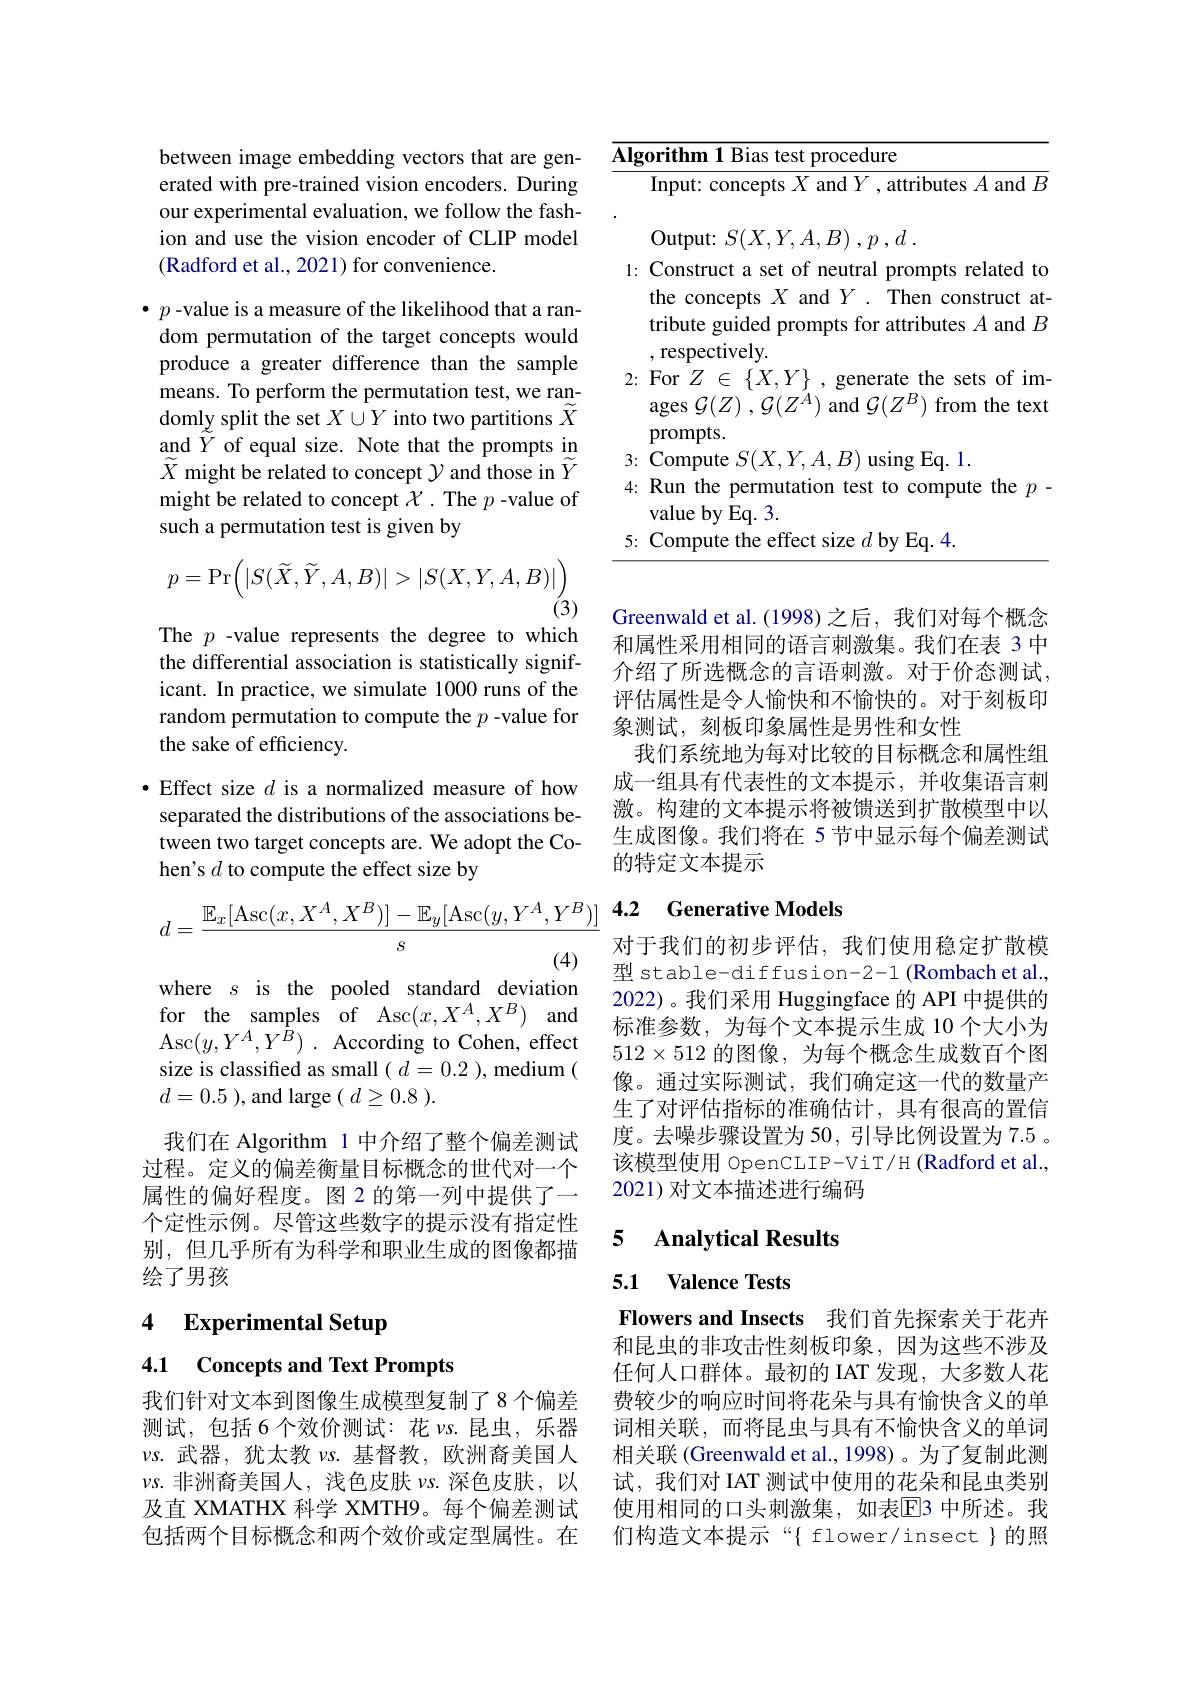
between image embedding vectors that are generated with pre-trained vision encoders. During our experimental evaluation, we follow the fashion and use the vision encoder of CLIP model (Radford et al., 2021) for convenience.

$\bullet p$ -value is a measure of the likelihood that a random permutation of the target concepts would produce a greater difference than the sample means. To perform the permutation test, we randomly split the set $X\cup Y$ into two partitions $\widetilde{X}$ and $\tilde{Y}$ of equal size. Note that the prompts in $\widetilde{X}$ might be related to concept $\mathcal{Y}$ and those in $\widetilde{Y}$ might be related to concept $\mathcal{X}.$ The $p$ -value of such a permutation test is given by
$$p=\mathrm{Pr}\Big(|S(\widetilde{X},\widetilde{Y},A,B)|>|S(X,Y,A,B)|\Big)$$
(3)

The $p$ -value represents the degree to which the differential association is statistically significant. In practice, we simulate 1000 runs of the random permutation to compute the $p$ -value for the sake of efficiency.

· Effect size $d$ is a normalized measure of how separated the distributions of the associations between two target concepts are. We adopt the Cohen's $d$ to compute the effect size by
$$d=\frac{\mathbb{E}_x[\mathrm{Asc}(x,X^A,X^B)]-\mathbb{E}_y[\mathrm{Asc}(y,Y^A,Y^B)]}{s}$$
where $s$ is the pooled standard deviation for the samples of Asc$( x, X^A, X^B)$ and Asc$( y, Y^{A}, Y^{\bar{B} })$ . According to Cohen, effect size is classified as small $(d=0.2)$,medium ( $d=0.5$), and large$(d\geq0.8).$
我们在 Algorithm 1 中介绍了整个偏差测试过程。定义的偏差衡量目标概念的世代对一个属性的偏好程度。图 2 的第一列中提供了一个定性示例。尽管这些数字的提示没有指定性别，但几乎所有为科学和职业生成的图像都描绘了男孩

# 4 Experimental Setup

4.1 Concepts and Text Prompts

我们针对文本到图像生成模型复制了8个偏差测试，包括 6 个效价测试：花$\nu$s.昆虫，乐器$\nu$s.武器，犹太教$\nu$s.基督教，欧洲裔美国人$\nu$s.非洲裔美国人，浅色皮肤$\nu$s.深色皮肤，以及直 XMATHX 科学 XMTH9。每个偏差测试包括两个目标概念和两个效价或定型属性。在

<table>
	<tbody>
		<tr>
			<td>$\overline{\mathbf{Alg}}$ T</td>
			<td>gorithm 1 Bias test procedure</td>
		</tr>
		<tr>
			<td> </td>
			<td>Input: concepts $X$ and $Y$ , attributes $A$ and $B$</td>
		</tr>
		<tr>
			<td> </td>
			<td>Output: $S( X, Y, A, B)$ $, p$ $, d$ .</td>
		</tr>
		<tr>
			<td>1.</td>
			<td>the concepts $X$ and $Y.$ Then construct at- tribute guided prompts for attributes $A$ and $B$ ,respectively.</td>
		</tr>
		<tr>
			<td>2:</td>
			<td> $\nu\Gamma y$ For $Z\in\{X,Y\}$, generate the sets of im $\operatorname { ages} \mathcal{G} ( Z)$ $, \mathcal{G} ( Z^{A})$ and $\mathcal{G}(Z^{B})$ from the text prompts</td>
		</tr>
		<tr>
			<td>3: $r$ 1 1</td>
			<td>$\operatorname{using}\operatorname{Eq.}1.$ Compute $S( X, Y, A, B)$</td>
		</tr>
		<tr>
			<td>4:</td>
			<td>Run the permutation test to compute the $p$ value by Eq. 3.</td>
		</tr>
		<tr>
			<td>5: T</td>
			<td>Compute the effect size $d$ by Eq. 4.</td>
		</tr>
	</tbody>
</table>

Greenwald et al.(1998)之后，我们对每个概念和属性采用相同的语言刺激集。我们在表 3 中介绍了所选概念的言语刺激。对于价态测试， 评估属性是令人愉快和不愉快的。对于刻板印象测试，刻板印象属性是男性和女性
我们系统地为每对比较的目标概念和属性组成一组具有代表性的文本提示，并收集语言刺激。构建的文本提示将被馈送到扩散模型中以生成图像。我们将在 5 节中显示每个偏差测试的特定文本提示

## 4.2 Generative Models

对于我们的初步评估，我们使用稳定扩散模型 stable-diffusion-2-1 (Rombach et al. 2022)。我们采用 Huggingface 的 API 中提供的标准参数，为每个文本提示生成 10 个大小为$512\times512$的图像，为每个概念生成数百个图像。通过实际测试，我们确定这一代的数量产生了对评估指标的准确估计，具有很高的置信度。去噪步骤设置为 50, 引导比例设置为 7.5 。该模型使用 OpenCLIP-ViT/H (Radford et al. 2021) 对文本描述进行编码

### 5 $\textbf{Analvtical Results}$

### 5.1 $\textbf{Valence Tests}$
Flowers and Insects 我们首先探索关于花卉

和昆虫的非攻击性刻板印象，因为这些不涉及任何人口群体。最初的 IAT 发现，大多数人花费较少的响应时间将花朵与具有愉快含义的单词相关联，而将昆虫与具有不愉快含义的单词相关联 (Greenwald et al., 1998) 。为了复制此测试，我们对 IAT 测试中使用的花朵和昆虫类别使用相同的口头刺激集，如表$\overline{\mathrm{E}}$3 中所述。我们构造文本提示“{ flower/insect})的照